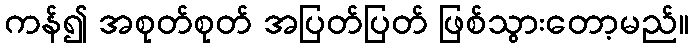
ကန်၍ အစုတ်စုတ် အပြတ်ပြတ် ဖြစ်သွားတော့မည်။